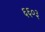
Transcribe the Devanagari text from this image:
६६०३